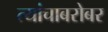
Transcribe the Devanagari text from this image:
त्यांचाबरोबर